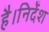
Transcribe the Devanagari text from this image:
है।निर्देश